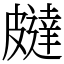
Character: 㿹